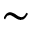
\sim